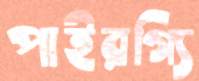
পাইরগ্যি